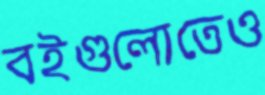
বইগুলোতেও